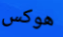
هوكس